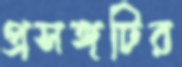
প্রসঙ্গটির